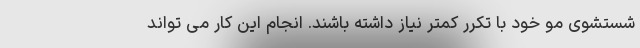
شستشوی مو خود با تکرر کمتر نیاز داشته باشند. انجام این کار می تواند